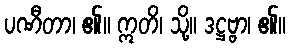
ပဏီတာ၊ ၏။ ဣတိ၊ သို့။ ဒဋ္ဌဗ္ဗာ၊ ၏။